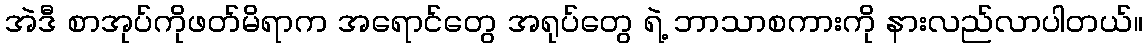
အဲဒီ စာအုပ်ကိုဖတ်မိရာက အရောင်တွေ အရုပ်တွေ ရဲ့ ဘာသာစကားကို နားလည်လာပါတယ်။